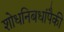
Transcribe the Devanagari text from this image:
शोधनिबधांपैकी